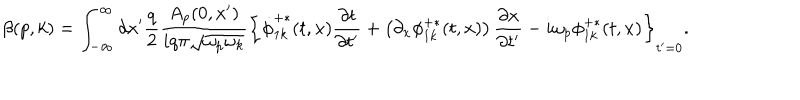
\beta ( p , k ) = \int _ { - \infty } ^ { \infty } d x ^ { \prime } \frac { q } { 2 } \frac { A _ { p } ( 0 , x ^ { \prime } ) } { i q \pi \sqrt { \omega _ { p } \omega _ { k } } } \left\{ \dot { \phi } _ { 1 k } ^ { + \ast } ( t , x ) { \frac { \partial t } { \partial t ^ { \prime } } } + \left( \partial _ { x } \phi _ { 1 k } ^ { + \ast } ( t , x ) \right) { \frac { \partial x } { \partial t ^ { \prime } } } - i \omega _ { p } \phi _ { 1 k } ^ { + \ast } ( t , x ) \right\} _ { t ^ { \prime } = 0 } .